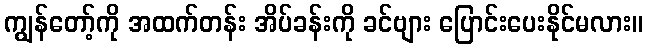
ကျွန်တော့်ကို အထက်တန်း အိပ်ခန်းကို ခင်ဗျား ပြောင်းပေးနိုင်မလား။